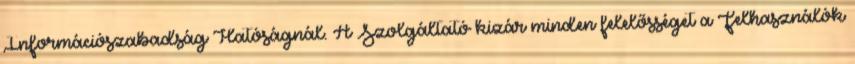
Információszabadság Hatóságnál. A Szolgáltató kizár minden felelősséget a Felhasználók